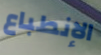
الإنطباع